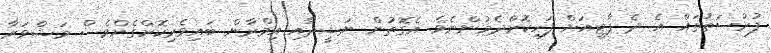
ފުރުސަތުތައް އެ ދެ ޕާޓީއަށް ފަހިކޮށްދެމުންނެވެ. އެގޮތުން ނަޝީދާއި އިމްރާން ބައިވެރިކޮށްގެންވެސް މަޝްވަރާ